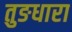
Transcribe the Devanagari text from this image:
तुङधारा